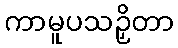
ကာမူပသဉှိတာ